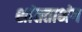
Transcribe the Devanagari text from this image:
शांतताभंग